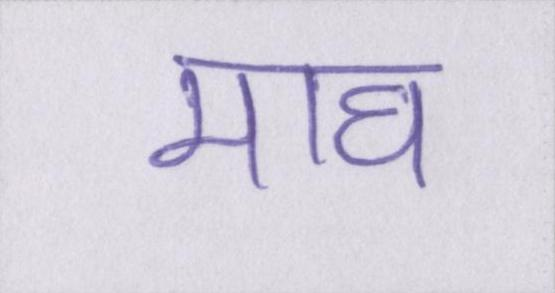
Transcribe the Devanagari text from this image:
माघ